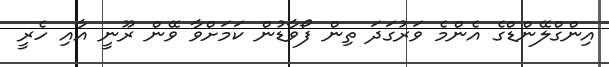
އިންގްލޭންޑްގެ އެންމެ ވަރުގަދަ ތިން ފޯވާޑުން ކަމަށްވާ ވޭން ރޫނީ އާއި ހެރީ